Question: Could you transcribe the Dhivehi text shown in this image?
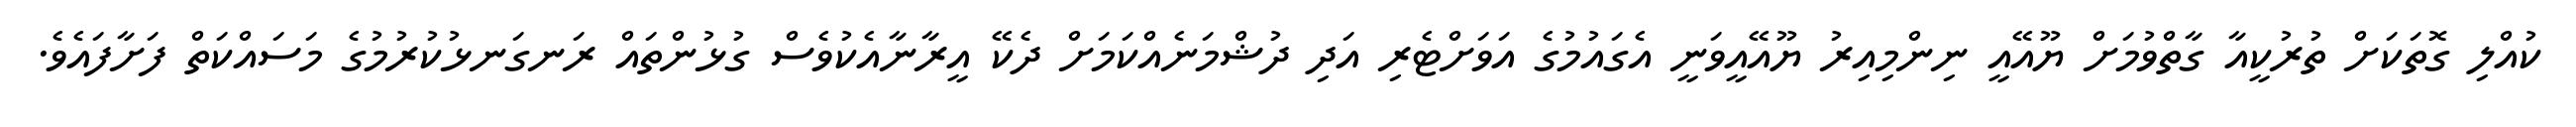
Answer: ކުއްލި ގޮތަކަށް ތުރުކީއާ ގާތްވުމަށް ޔޫއޭއީ ނިންމިއިރު ޔޫއޭއީވަނީ އެގައުމުގެ އަވަށްޓެރި އަދި ދުޝްމަނެއްކަމަށް ދެކޭ އީރާނާއެކުވެސް ގުޅުންތައް ރަނގަނޅުކުރުމުގެ މަސައްކަތް ފަށާފައެވެ.